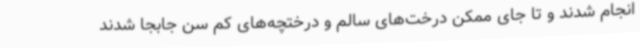
انجام شدند و تا جای ممکن درخت‌های سالم و درختچه‌های کم سن جابجا شدند